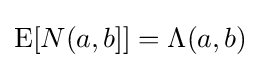
\textstyle \operatorname {E} [N(a,b]]=\Lambda (a,b)